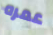
عمره